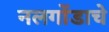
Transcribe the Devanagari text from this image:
नलगोंडाचे